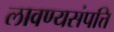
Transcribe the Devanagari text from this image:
लावण्यसंपत्ति